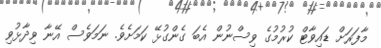
މާފަރަށް ޑައިވާޓް ކުރުމުގެ ވިސްނުން އެބަ ގެންގުޅޭ ކަމަށެވެ. ނަމަވެސް އޭނާ ވިދާޅުވި